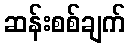
ဆန်းစစ်ချက်